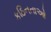
કઠિનતાઓ